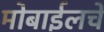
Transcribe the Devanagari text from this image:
मोबाईलचे